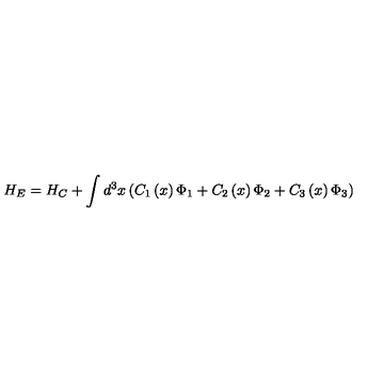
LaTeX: H _ { E } = H _ { C } + \int d ^ { 3 } x \left( C _ { 1 } \left( x \right) \Phi _ { 1 } + C _ { 2 } \left( x \right) \Phi _ { 2 } + C _ { 3 } \left( x \right) \Phi _ { 3 } \right)